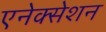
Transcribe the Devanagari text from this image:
एनेक्सेशन